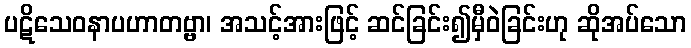
ပဋိသေဝနာပဟာတဗ္ဗာ၊ အသင့်အားဖြင့် ဆင်ခြင်း၍မှီဝဲခြင်းဟု ဆိုအပ်သော